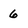
Character: 6